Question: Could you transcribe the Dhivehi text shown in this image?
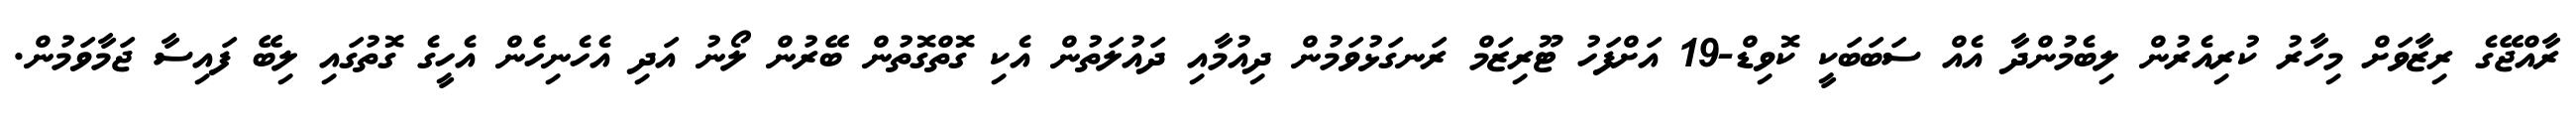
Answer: ރާއްޖޭގެ ރިޒާވަށް މިހާރު ކުރިއެރުން ލިބެމުންދާ އެއް ސަބަބަކީ ކޮވިޑް-19 އަށްފަހު ޓޫރިޒަމް ރަނގަޅުވަމުން ދިއުމާއި ދައުލަތުން އެކި ގޮތްގޮތުން ބޭރުން ލޯނު އަދި އެހެނިހެން އެހީގެ ގޮތުގައި ލިބޭ ފައިސާ ޖަމާވަމުން.